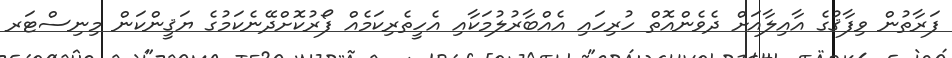
ފަރާތުން ވިފާޤުގެ އާއިލާއަށް ދެވެންއޮތް ހުރިހައި އެއްބާރުލުމަކާއި އެހީތެރިކަމެއް ފޯރުކޮށްދޭނެކަމުގެ ޔަޤީންކަން މިނިސްޓަރ